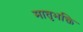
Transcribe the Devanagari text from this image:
मातृभक्ति